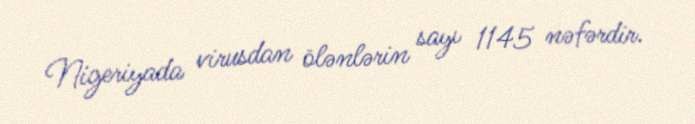
Nigeriyada virusdan ölənlərin sayı 1145 nəfərdir.